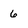
Character: 6